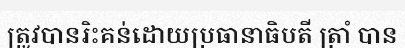
ត្រូវបានរិះគន់ដោយប្រធានាធិបតី ត្រាំ បាន